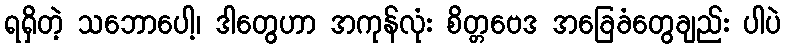
ရရှိတဲ့ သဘောပေါ့၊ ဒါတွေဟာ အကုန်လုံး စိတ္တဗေဒ အခြေခံတွေချည်း ပါပဲ